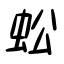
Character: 蚣